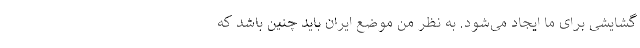
گشایشی برای ما ایجاد می‌شود. به نظر من موضع ایران باید چنین باشد که